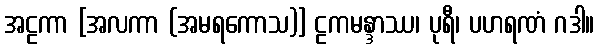
အဠကာ [အလကာ (အမရကောသ)] ဠကမန္ဒာဿ၊ ပုရီ၊ ပဟရဏံ ဂဒါ။